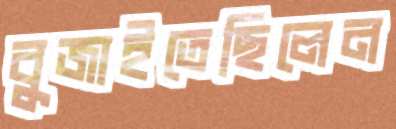
বুজাইতেছিলেন